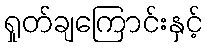
ရှုတ်ချကြောင်းနှင့်